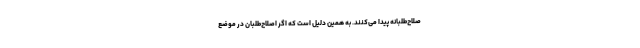
صلاح‌طلبانه پیدا می‌کنند. به همین دلیل است که اگر اصلاح‌طلبان در موضع